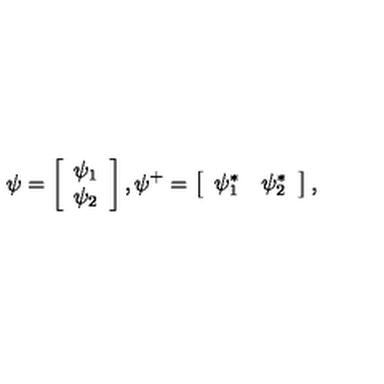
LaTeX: \psi = \left[ \begin{array} { c } { \psi _ { 1 } } \\ { \psi _ { 2 } } \\ \end{array} \right] , \psi ^ { + } = \left[ \begin{array} { c c } { \psi _ { 1 } ^ { * } } & { \psi _ { 2 } ^ { * } } \\ \end{array} \right] ,